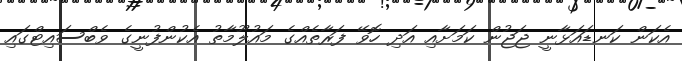
އެކަން ކަނޑައަޅާނީ ޖަޖުން ކަމަށާއި އަދި ހޮވޭ ފަރާތެއްގެ މައުލޫމާތު އެކުންފުނީގެ ވެބްސައިޓްގައި